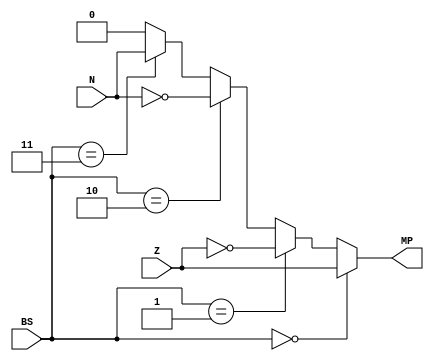
module ComparingMUX(BS,Z,N,MP);

input [2:0] BS;
input Z;
input N;

output MP;

wire MP;

assign MP = (BS==3'b000) ? Z : ((BS == 3'b001) ? ~Z : ((BS==3'b010) ? ~N : ((BS==3'b011) ? N : 1'b0)));

endmodule